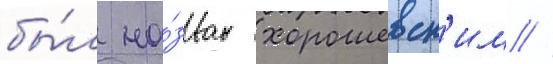
бы́л на́зван хорошевск'им //